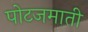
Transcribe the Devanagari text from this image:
पोटजमाती